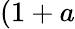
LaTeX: (1+a